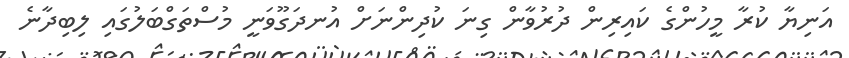
އަނިޔާ ކުރާ މީހުންގެ ކައިރިން ދުރުވާން ގިނަ ކުދިންނަށް އުނދަގޫވަނީ މުސްތަގްބަލުގައި ލިބިދާނެ